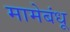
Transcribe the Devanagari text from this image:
मामेबंधू